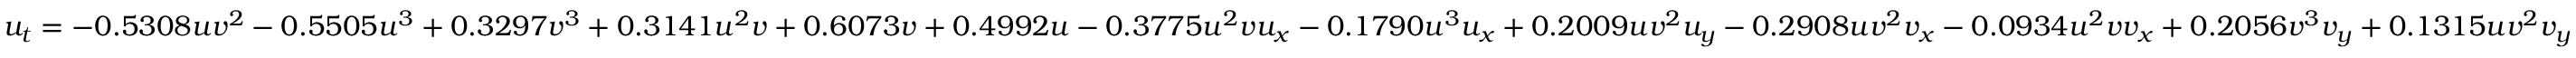
u _ { t } = - 0 . 5 3 0 8 u v ^ { 2 } - 0 . 5 5 0 5 u ^ { 3 } + 0 . 3 2 9 7 v ^ { 3 } + 0 . 3 1 4 1 u ^ { 2 } v + 0 . 6 0 7 3 v + 0 . 4 9 9 2 u - 0 . 3 7 7 5 u ^ { 2 } v u _ { x } - 0 . 1 7 9 0 u ^ { 3 } u _ { x } + 0 . 2 0 0 9 u v ^ { 2 } u _ { y } - 0 . 2 9 0 8 u v ^ { 2 } v _ { x } - 0 . 0 9 3 4 u ^ { 2 } v v _ { x } + 0 . 2 0 5 6 v ^ { 3 } v _ { y } + 0 . 1 3 1 5 u v ^ { 2 } v _ { y }